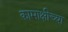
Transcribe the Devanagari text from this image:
कामाक्षीच्या